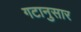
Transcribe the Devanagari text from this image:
गटानुसार